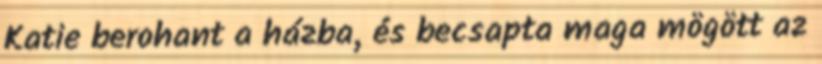
Katie berohant a házba, és becsapta maga mögött az